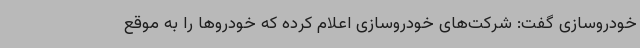
خودروسازی گفت: شرکت‌های خودروسازی اعلام کرده که خودروها را به موقع